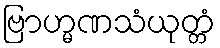
ဗြာဟ္မဏသံယုတ္တံ